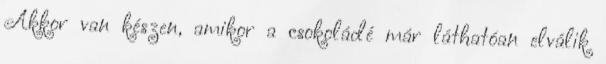
Akkor van készen, amikor a csokoládé már láthatóan elválik